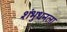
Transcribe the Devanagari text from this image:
शंभुधनला